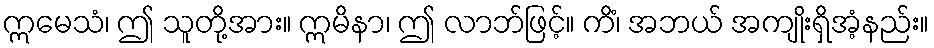
ဣမေသံ၊ ဤ သူတို့အား။ ဣမိနာ၊ ဤ လာဘ်ဖြင့်။ ကိံ၊ အဘယ် အကျိုးရှိအံ့နည်း။